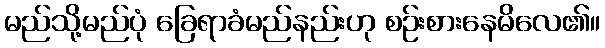
မည်သို့မည်ပုံ ခြေရာခံမည်နည်းဟု စဉ်းစားနေမိလေ၏။